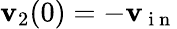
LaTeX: \mathbf{v}_{2}(0)=-\mathbf{v}_{\mathrm{{~i~n~}}}